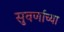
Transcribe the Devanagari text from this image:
सुवर्णाच्या